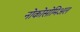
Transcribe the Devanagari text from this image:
नोकोसोमिअल